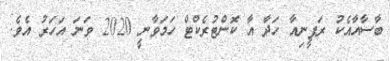
ބާސާއާއެކު ރަފީނިއާ ހަދާ އާ ކޮންޓުރެކްޓް ހަމަވާނީ 2020 ވަނަ އަހަރު އެވެ.